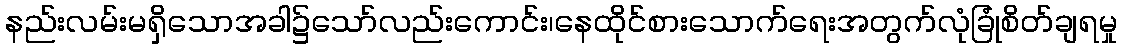
နည်းလမ်းမရှိသောအခါ၌သော်လည်းကောင်း၊နေထိုင်စားသောက်ရေးအတွက်လုံခြုံစိတ်ချရမှု